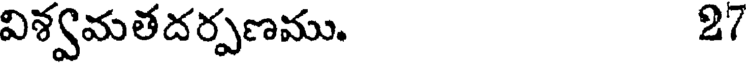
విశ్వమతదర్పణము. 27